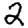
Digit: 2